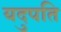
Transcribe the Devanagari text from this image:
यदुपति